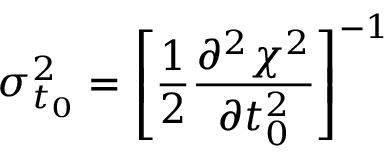
\sigma _ { t _ { 0 } } ^ { 2 } = \left[ \frac { 1 } { 2 } \frac { \partial ^ { 2 } \chi ^ { 2 } } { \partial t _ { 0 } ^ { 2 } } \right] ^ { - 1 }